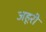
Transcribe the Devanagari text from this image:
जहूरी